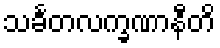
သင်္ခတလက္ခဏာနီတိ